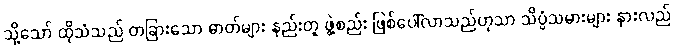
သို့သော် ထိုသံသည် တခြားသော ဓာတ်များ နည်းတူ ဖွဲ့စည်း ဖြစ်ပေါ်လာသည်ဟုသာ သိပ္ပံသမားများ နားလည်